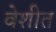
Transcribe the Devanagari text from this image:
वेशीत